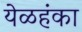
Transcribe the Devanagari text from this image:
येळहंका